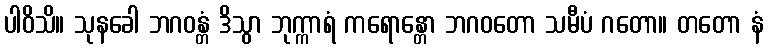
ပါဝိသိ။ သုနခေါ ဘဂဝန္တံ ဒိသွာ ဘုက္ကာရံ ကရောန္တော ဘဂဝတော သမီပံ ဂတော။ တတော နံ